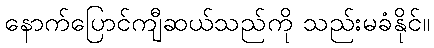
နောက်ပြောင်ကျီဆယ်သည်ကို သည်းမခံနိုင်။